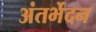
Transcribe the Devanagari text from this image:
अंतर्भेदन